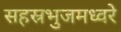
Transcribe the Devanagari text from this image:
सहस्रभुजमध्वरे